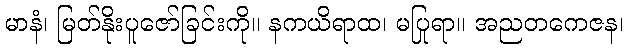
မာနံ၊ မြတ်နိုးပူဇော်ခြင်းကို။ နကယိရာထ၊ မပြုရာ။ အညတကေဇန၊